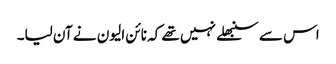
اس سے سنبھلے نہیں تھے کہ نائن الیون نے آن لیا۔